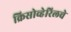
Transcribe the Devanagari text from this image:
क्रिसोव्हेरिलचे